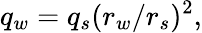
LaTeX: q_{w}=q_{s}(r_{w}/r_{s})^{2},